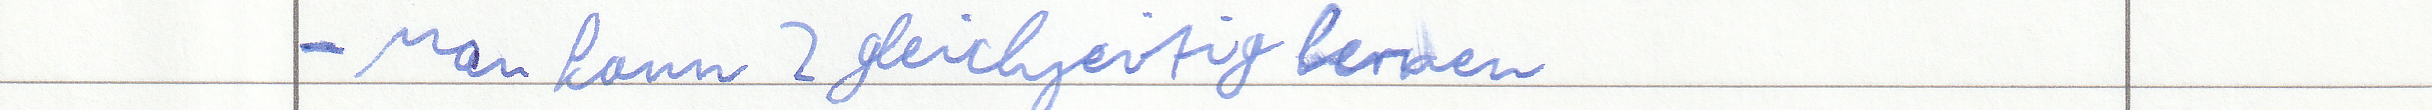
- Man kann 2 gleichzeitig lernen